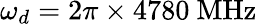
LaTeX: \omega_{d}=2\pi\times 4780~\mathrm{MHz}